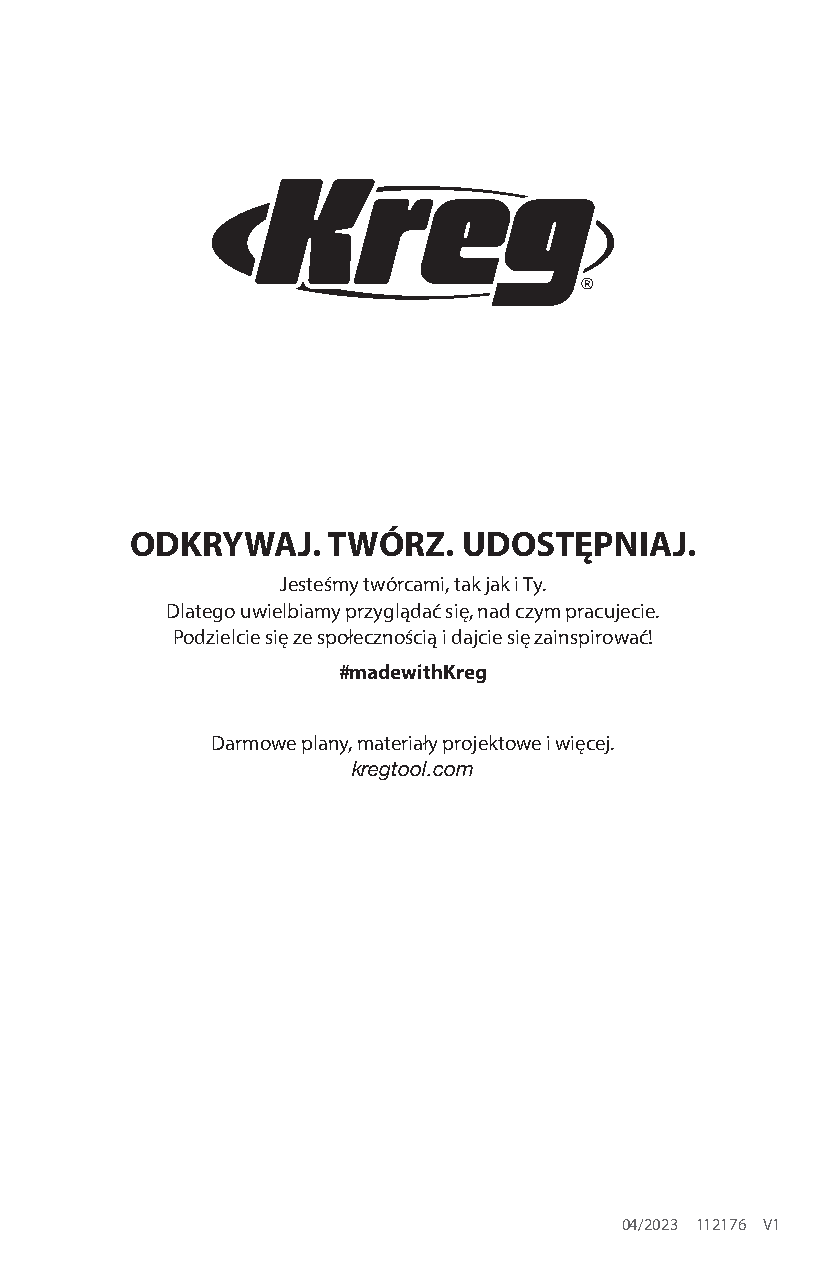
ODKRYWAJ.    TWÓRZ.   UDOSTĘPNIAJ.
 Jesteśmy twórcami, tak jak i Ty.
 Dlatego uwielbiamy przyglądać się, nad czym pracujecie.
 Podzielcie się ze społecznością i dajcie się zainspirować!
 #madewithKreg
 Darmowe plany, materiały projektowe i więcej.
 kregtool.com
 04/2023 112176 V1